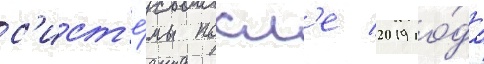
с'ист'е́мы посл'е 2019 го́да